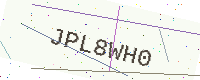
Text: JPL8WH0